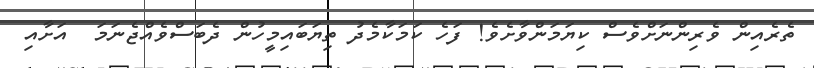
ތެރެއިން ވެރިންނަށްވެސް ކިޔަމަންވާށެވެ! ފަހެ ކަމަކާމެދު ތިޔަބައިމީހުން ދެބަސްވެއްޖެނަމަ  އަށާއި